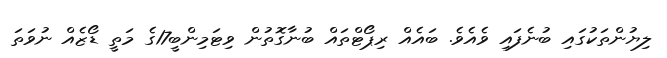
ލިޔުންތަކުގައި ބުނެފައި ވެއެވެ. ބައެއް ރިޕޯޓްތައް ބުނާގޮތުން ވިޓަމިންބީ17ގެ މަތީ ޑޯޒެއް ނުވަތަ